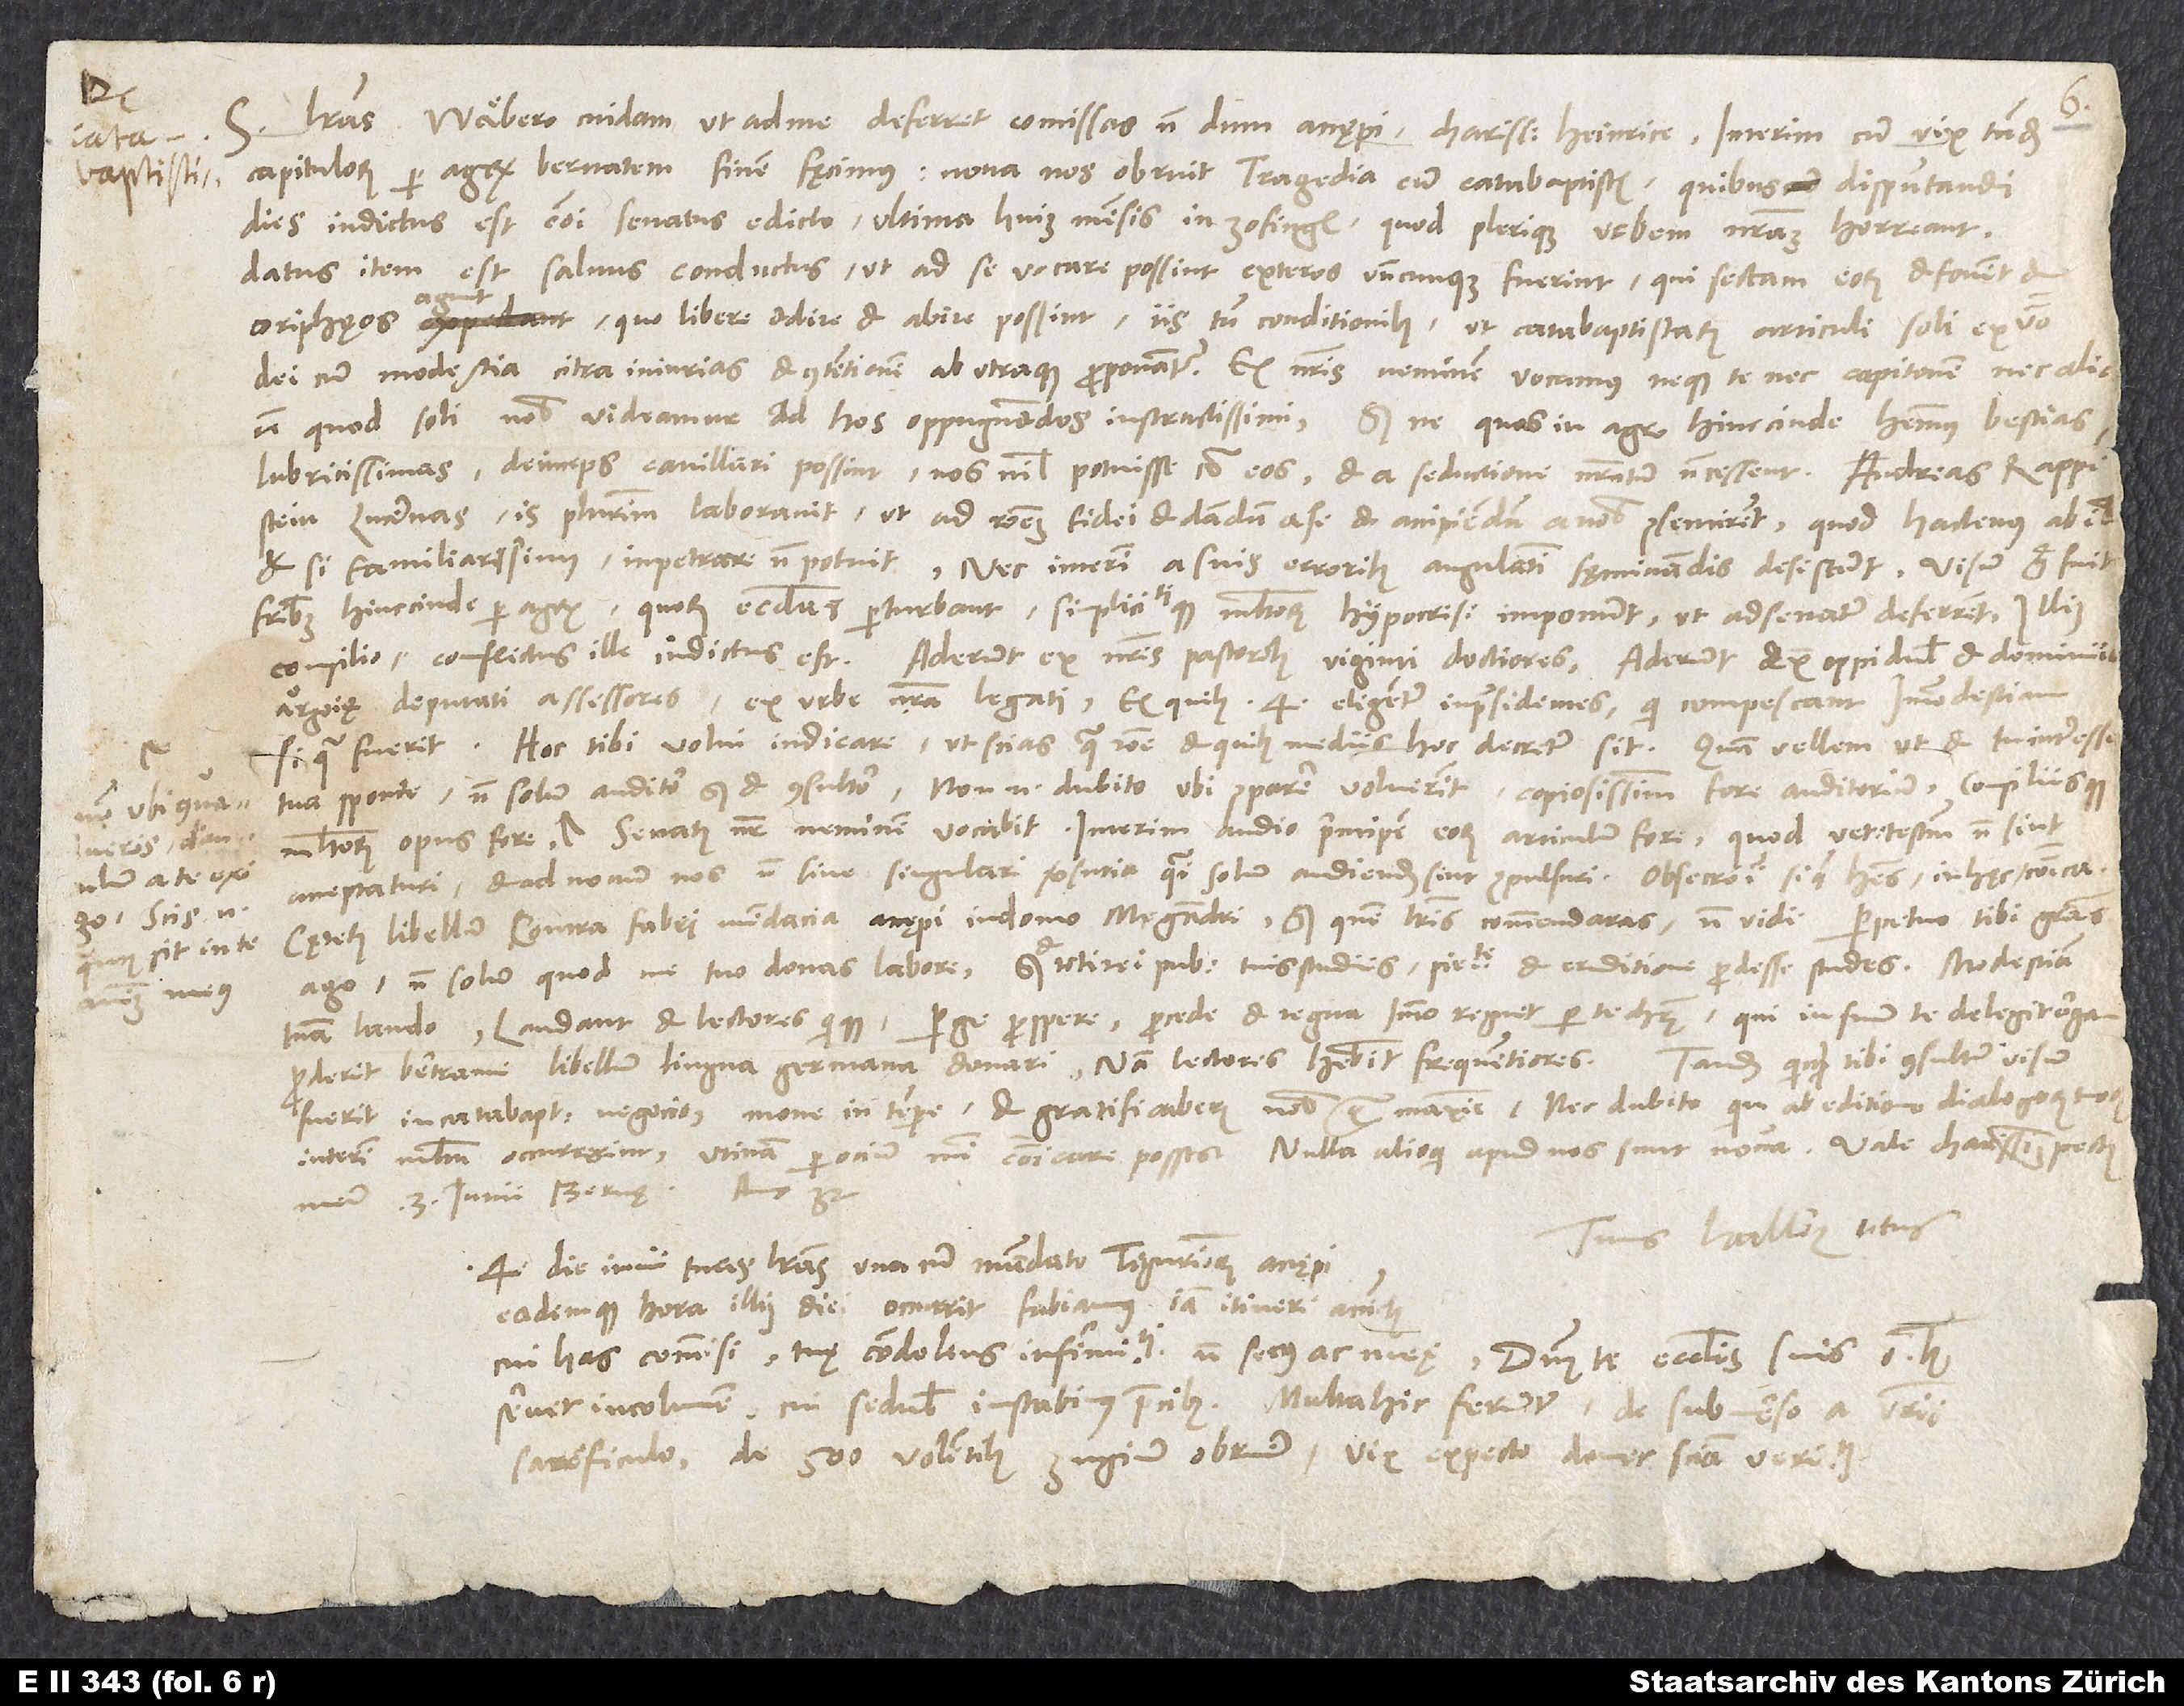
Scis enim,
quantus sit in te
animus meus.

S. Literas Wäbero cuidam, ut ad me deferret, comissas nondum accępi, charissime Heinrice. Interim, cum vix tandem
capitulorum per agrum Bernatem finem fęcimus, nova nos obruit tragedia cum catabaptistis, quibus disputandi
dies indictus est communi senatus edicto ultima huius mensis in Zofingen, quod plerique urbem nostram horreant.
Datus item est salvus conductus, ut ad se vocare possint exteros, undecunque fuerint, qui sectam eorum et fovent et
coriphęos agunt, quo libere adire et abire possint, iis tamen conditionibus, ut catabaptistarum articuli soli ex verbo
dei cum modestia citra iniurias et contentionem ab utraque proponantur. Ex nostris neminem vocamus, neque te nec Capitonem nec alios,
quod soli nobis videamur ad hos oppugnandos instructissimi, sed ne, quas in agro hincinde habemus bestias
lubricissimas, deinceps cavillari possint nos nihil potuisse contra eos et a seductione nostratum non cessent. Andreas Rappestein
Lucernas, is plurimum, laboravit, ut ad rationem fidei et dandum a se et accipiendum a nobis consentirent, quod hactenus ab illis,
etsi familiarissimus, inpetrare non potuit. Nec interim a suis erroribus angulatim sęminandis desistunt. Visum ergo fuit
fratribus hincinde c per agrum, quorum ecclesias perturbant simplicitatique multorum hypocrisi imponunt, ut ad senatum deferrent. Illius
consilio conflictus ille indictus est.
Aderunt ex nostris pastoribus viginti doctiores, aderunt ex oppidulis et dominiis
Argoię deputati assessores, ex urbe nostra legati, ex quibus 4 eligentur in praesidentes, qui compescant immodestiam,
si qua fuerit. Hoc tibi volui indicare, ut scias, qua ratione et quibus mediis hoc decretum sit. Quam vellem, ut et tu interesseuum,
acceptaturi et ad novum nos non sine singulari versutia quasi solum audiendum sint compulsuri. Obsecro igitur, si quid habes in hęc, communica.
Cęterum libellum contra Fabri mendacia accępi in domo Megandri, sed quem literis commendaras, non vidi. Perpetuo tibi gratias
ago, non solum, quod me tuo donas labore, sed et toti rei publicae tuis studiis, pietate et eruditione prodesse stu des. Modestiam
tuam laudo, laudant et lectores quique. Perge prospere, procede et regna, immo regnet per te Christus, qui in suum te delegit organ.
Tandem quicquid tibi consultum visum
Proderit Bertrami libellum lingua germana donari; nam lectores habebit frequentiores.
fuerit in catabapt negocio, mone in tempore, et gratificaberis nobis quam maxime. Nec dubito, quin ab editione dialogorum tuorum
interim multum occurrerint. Utinam per ocium mihi communicare posses. Nulla alioqui apud nos sunt nova.
anno 32.
3. iunii, Bernę,
Tuus Hallerus totus.
4. die iunii tuas literas una cum mandato Tigurinorum accępi,
eademque hora illius diei occurrit Fabianus iam itineri accinctus.
Cui has commisi, tuę condolens infirmitati non secus ac meae. Dominus te ecclesiis suis omnibus
servet incolumem. Cui sedulis instabimus precibus. Multa hic feruntur de submerso a vestris
sacrificulo, de 500 volentibus Zugium obruere. Vix expecto, donec sciam veritatem.